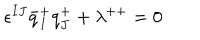
LaTeX: \epsilon ^ { I J } \bar { q } _ { I } ^ { + } q _ { J } ^ { + } + \lambda ^ { + + } = 0